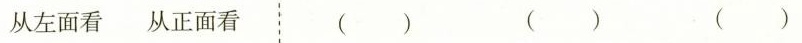
从左面看 从正面看 ( ) ( ) ( )